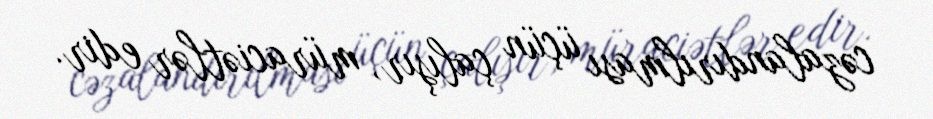
cəzalandırılması üçün çalışır, müraciətlər edir.